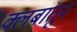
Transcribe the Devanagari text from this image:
क्लबांतून